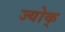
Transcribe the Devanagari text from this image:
ज्योक्